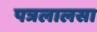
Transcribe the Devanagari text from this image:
पत्रलालसा